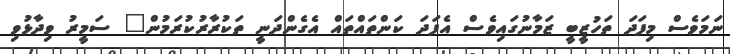
ނަމަވެސް މިފަދަ ތަހުޒީބީ ޒަމާނުގައިވެސް އެފަދަ ކަންތައްތައް އެގެންދަނީ ތަކުރާރުކުރަމުން" ސަމީރު ވިދާޅުވި